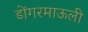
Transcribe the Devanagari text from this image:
डोंगरमाऊली